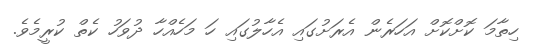
ހިތާމަ ކޮށްކޮށް އަހަރެން އެރަށުގައި އެހާލުގައި ހަ މަހެއްހާ ދުވަހު ކެތް ކުރީމެވެ.